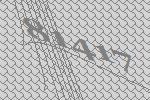
81417